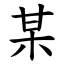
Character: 某